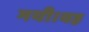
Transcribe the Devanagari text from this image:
गयी।यह